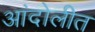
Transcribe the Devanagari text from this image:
आंदोलीत